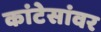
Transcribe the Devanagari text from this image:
कांटेसांवर